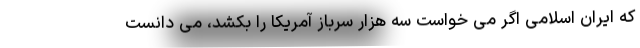
که ایران اسلامی اگر می خواست سه هزار سرباز آمریکا را بکشد، می دانست